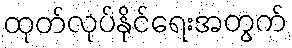
ထုတ်လုပ်နိုင်ရေးအတွက်